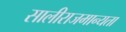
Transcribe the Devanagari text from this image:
सालीराजमान्यता